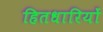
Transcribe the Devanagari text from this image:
हितधारियों